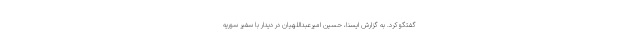
گفتگو کرد. به گزارش ایسنا، حسین امیرعبداللهیان در دیدار با سفیر سوریه